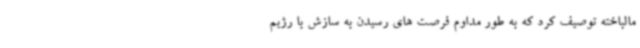
مالباخته توصیف کرد که به طور مداوم فرصت های رسیدن به سازش با رژیم